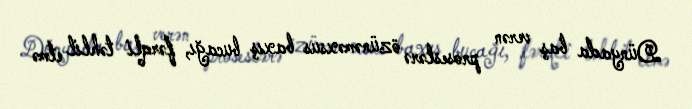
Dünyada baş verən proseslərə özünəməxsus baxış bucağı, fərqli təhlil etmə